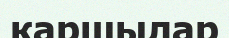
қаршылар